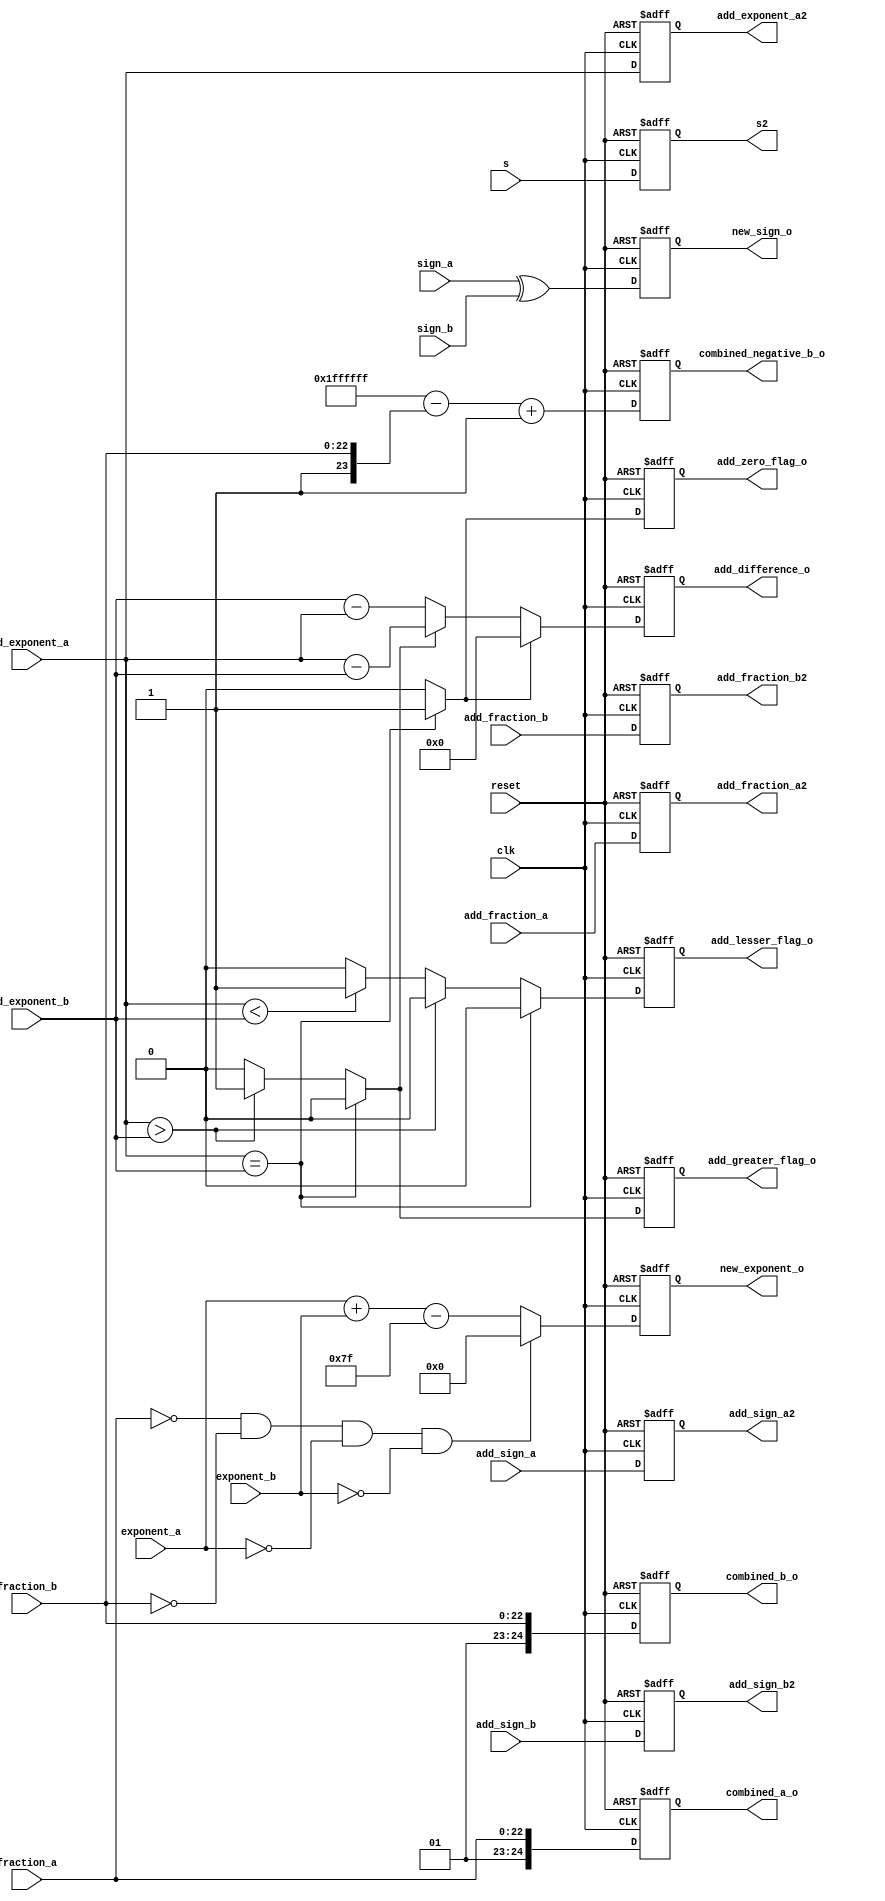

module combined(clk,reset,exponent_a,exponent_b,fraction_a,fraction_b,sign_a,sign_b, new_sign_o, new_exponent_o, combined_a_o,combined_b_o, combined_negative_b_o,add_exponent_a,add_exponent_b,add_difference_o,add_zero_flag_o,add_greater_flag_o,add_lesser_flag_o,add_sign_a, add_sign_b, add_sign_a2, add_sign_b2,add_fraction_a,add_fraction_b,add_fraction_a2,add_fraction_b2,add_exponent_a2,s,s2);

//multiplier input
input [7:0]exponent_a,exponent_b;
input [22:0] fraction_a,fraction_b;
input sign_a,sign_b;
input clk, reset;
input s;

output reg s2;


output reg  new_sign_o;
output reg [8:0] new_exponent_o; 
output reg [24:0]combined_a_o,combined_b_o, combined_negative_b_o;

reg [25:0]temp_reg;

reg  new_sign;
reg [8:0] new_exponent; 
reg [24:0]combined_a,combined_b, combined_negative_b;
wire [8:0] temp_exponent;

//adder input

input [7:0]add_exponent_a,add_exponent_b;
input add_sign_a,add_sign_b;
input [22:0] add_fraction_a,add_fraction_b;

output reg add_sign_a2,add_sign_b2;


output reg [7:0]add_difference_o;
output reg add_zero_flag_o,add_greater_flag_o,add_lesser_flag_o;
output reg [22:0] add_fraction_a2,add_fraction_b2;
output reg [7:0]add_exponent_a2;

reg [7:0]add_difference;
reg add_zero_flag,add_greater_flag,add_lesser_flag;

assign temp_exponent = exponent_a + exponent_b;

always@(posedge clk or negedge reset)
begin

if(!reset)
begin
	new_sign_o <= 1'b0;
	new_exponent_o <= 8'b0;
	combined_a_o <= 24'b0;
	combined_b_o <= 24'b0;
	combined_negative_b_o <= 24'b0;
	s2 <= 0;
	end

else
begin
   new_sign_o <= new_sign;
	new_exponent_o <= new_exponent;
	combined_a_o <= combined_a;
	combined_b_o <= combined_b;
	combined_negative_b_o <=combined_negative_b;
	s2 <=s;
end

end


always@(*)
begin
	
	new_sign = sign_a ^ sign_b;

end

always@(*)
begin
		if((fraction_a == 23'b0)&&(fraction_b == 23'b0)&&(exponent_a == 8'b0) && (exponent_b == 8'b0))
		new_exponent = 8'b0;
		else
		new_exponent = exponent_a + exponent_b - 7'b1111111;

end

always@(*)
begin
	
	combined_a = {1'b0,1'b1, fraction_a};
	combined_b = {1'b0,1'b1, fraction_b};
	temp_reg = ((25'b1111111111111111111111111 - combined_b) + 1'b1);
	combined_negative_b = temp_reg[24:0] ;

end

always@(posedge clk or negedge reset)
begin

if(!reset)
begin
	add_difference_o <= 8'b00000000;
	add_zero_flag_o <= 1'b0;
	add_greater_flag_o <= 1'b0;
	add_lesser_flag_o <= 1'b0;
	add_fraction_a2<= 23'b0;
	add_fraction_b2 <= 23'b0;
	add_sign_a2 <= 1'b0;
	add_sign_b2 <= 1'b0;
	add_exponent_a2 <= 8'b0;
	
end

else
begin
	add_difference_o <= add_difference;
	add_zero_flag_o <= add_zero_flag;
	add_greater_flag_o <= add_greater_flag;
	add_lesser_flag_o <= add_lesser_flag;
	add_fraction_a2<=add_fraction_a;
	add_fraction_b2 <= add_fraction_b;
	add_sign_a2 <= add_sign_a;
	add_sign_b2 <= add_sign_b;
	add_exponent_a2 <= add_exponent_a;
	
end
end

always@(*)
begin
	if(add_exponent_a==add_exponent_b)
	 begin
	 add_zero_flag=1;
	 add_greater_flag=0;	
	 add_lesser_flag= 0;
	 end
	else if(add_exponent_a>add_exponent_b)
	begin
	 add_zero_flag=0;
	 add_greater_flag=1;	
	 add_lesser_flag= 0;
	 end
	else if(add_exponent_a<add_exponent_b)
	begin
	 add_zero_flag=0;
	 add_greater_flag=0;	
	 add_lesser_flag= 1;
	 end
	else
	 begin
	 add_zero_flag= 1'b0;
	 add_greater_flag= 1'b0;
	 add_lesser_flag= 1'b0;
	 end
end

always@(*)
begin
	if(add_zero_flag==1'b1)
	begin
	 add_difference = 0;
	end
	else if(add_greater_flag==1'b1)
	 add_difference = add_exponent_a-add_exponent_b;
	else 
	 add_difference = add_exponent_b-add_exponent_a;
	
end

endmodule